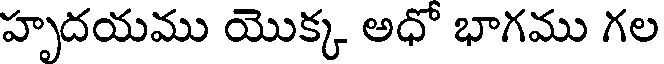
హృదయము యొక్క అధో భాగము గల